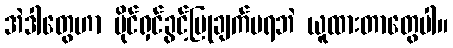
အဲဒါတွေဟာ ပိုင်ရှင်ခွင့်ပြုချက်မရဘဲ ယူထားတာတွေပါ။